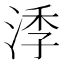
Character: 㳵